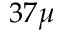
3 7 \mu